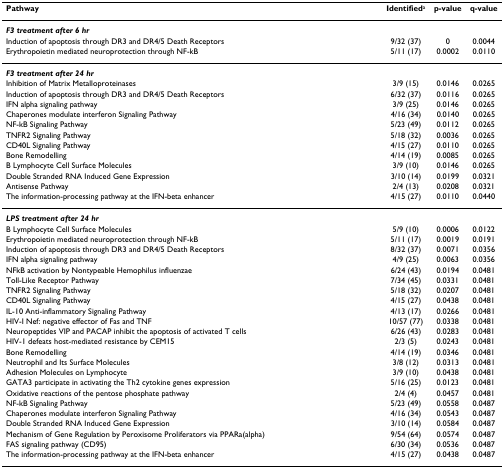
<table><thead><tr><td><b>Pathway</b></td><td><b>Identified<sup>a</sup></b></td><td><b>p-value</b></td><td><b>q-value</b></td></tr></thead><tbody><tr><td><b><i>F3 treatment after 6 hr</i></b></td><td></td><td></td><td></td></tr><tr><td>Induction of apoptosis through DR3 and DR4/5 Death Receptors</td><td>9/32 (37)</td><td>0</td><td>0.0044</td></tr><tr><td>Erythropoietin mediated neuroprotection through NF-kB</td><td>5/11 (17)</td><td>0.0002</td><td>0.0110</td></tr><tr><td><b><i>F3 treatment after 24 hr</i></b></td><td></td><td></td><td></td></tr><tr><td>Inhibition of Matrix Metalloproteinases</td><td>3/9 (15)</td><td>0.0146</td><td>0.0265</td></tr><tr><td>Induction of apoptosis through DR3 and DR4/5 Death Receptors</td><td>6/32 (37)</td><td>0.0116</td><td>0.0265</td></tr><tr><td>IFN alpha signaling pathway</td><td>3/9 (25)</td><td>0.0146</td><td>0.0265</td></tr><tr><td>Chaperones modulate interferon Signaling Pathway</td><td>4/16 (34)</td><td>0.0140</td><td>0.0265</td></tr><tr><td>NF-kB Signaling Pathway</td><td>5/23 (49)</td><td>0.0112</td><td>0.0265</td></tr><tr><td>TNFR2 Signaling Pathway</td><td>5/18 (32)</td><td>0.0036</td><td>0.0265</td></tr><tr><td>CD40L Signaling Pathway</td><td>4/15 (27)</td><td>0.0110</td><td>0.0265</td></tr><tr><td>Bone Remodelling</td><td>4/14 (19)</td><td>0.0085</td><td>0.0265</td></tr><tr><td>B Lymphocyte Cell Surface Molecules</td><td>3/9 (10)</td><td>0.0146</td><td>0.0265</td></tr><tr><td>Double Stranded RNA Induced Gene Expression</td><td>3/10 (14)</td><td>0.0199</td><td>0.0321</td></tr><tr><td>Antisense Pathway</td><td>2/4 (13)</td><td>0.0208</td><td>0.0321</td></tr><tr><td>The information-processing pathway at the IFN-beta enhancer</td><td>4/15 (27)</td><td>0.0110</td><td>0.0440</td></tr><tr><td><b><i>LPS treatment after 24 hr</i></b></td><td></td><td></td><td></td></tr><tr><td>B Lymphocyte Cell Surface Molecules</td><td>5/9 (10)</td><td>0.0006</td><td>0.0122</td></tr><tr><td>Erythropoietin mediated neuroprotection through NF-kB</td><td>5/11 (17)</td><td>0.0019</td><td>0.0191</td></tr><tr><td>Induction of apoptosis through DR3 and DR4/5 Death Receptors</td><td>8/32 (37)</td><td>0.0071</td><td>0.0356</td></tr><tr><td>IFN alpha signaling pathway</td><td>4/9 (25)</td><td>0.0063</td><td>0.0356</td></tr><tr><td>NFkB activation by Nontypeable Hemophilus influenzae</td><td>6/24 (43)</td><td>0.0194</td><td>0.0481</td></tr><tr><td>Toll-Like Receptor Pathway</td><td>7/34 (45)</td><td>0.0331</td><td>0.0481</td></tr><tr><td>TNFR2 Signaling Pathway</td><td>5/18 (32)</td><td>0.0207</td><td>0.0481</td></tr><tr><td>CD40L Signaling Pathway</td><td>4/15 (27)</td><td>0.0438</td><td>0.0481</td></tr><tr><td>IL-10 Anti-inflammatory Signaling Pathway</td><td>4/13 (17)</td><td>0.0266</td><td>0.0481</td></tr><tr><td>HIV-I Nef: negative effector of Fas and TNF</td><td>10/57 (77)</td><td>0.0338</td><td>0.0481</td></tr><tr><td>Neuropeptides VIP and PACAP inhibit the apoptosis of activated T cells</td><td>6/26 (43)</td><td>0.0283</td><td>0.0481</td></tr><tr><td>HIV-1 defeats host-mediated resistance by CEM15</td><td>2/3 (5)</td><td>0.0243</td><td>0.0481</td></tr><tr><td>Bone Remodelling</td><td>4/14 (19)</td><td>0.0346</td><td>0.0481</td></tr><tr><td>Neutrophil and Its Surface Molecules</td><td>3/8 (12)</td><td>0.0313</td><td>0.0481</td></tr><tr><td>Adhesion Molecules on Lymphocyte</td><td>3/9 (10)</td><td>0.0438</td><td>0.0481</td></tr><tr><td>GATA3 participate in activating the Th2 cytokine genes expression</td><td>5/16 (25)</td><td>0.0123</td><td>0.0481</td></tr><tr><td>Oxidative reactions of the pentose phosphate pathway</td><td>2/4 (4)</td><td>0.0457</td><td>0.0481</td></tr><tr><td>NF-kB Signaling Pathway</td><td>5/23 (49)</td><td>0.0558</td><td>0.0487</td></tr><tr><td>Chaperones modulate interferon Signaling Pathway</td><td>4/16 (34)</td><td>0.0543</td><td>0.0487</td></tr><tr><td>Double Stranded RNA Induced Gene Expression</td><td>3/10 (14)</td><td>0.0584</td><td>0.0487</td></tr><tr><td>Mechanism of Gene Regulation by Peroxisome Proliferators via PPARa(alpha)</td><td>9/54 (64)</td><td>0.0574</td><td>0.0487</td></tr><tr><td>FAS signaling pathway (CD95)</td><td>6/30 (34)</td><td>0.0536</td><td>0.0487</td></tr><tr><td>The information-processing pathway at the IFN-beta enhancer</td><td>4/15 (27)</td><td>0.0438</td><td>0.0487</td></tr></tbody></table>